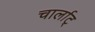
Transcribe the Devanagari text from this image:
चार्लाट्